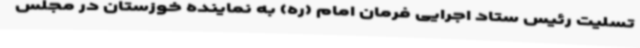
تسلیت رئیس ستاد اجرایی فرمان امام (ره) به نماینده خوزستان در مجلس